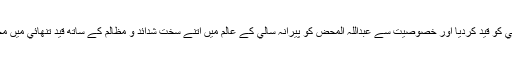
منصور نے تمام سادات حسني کو قيد کرديا اور خصوصيت سے عبداللہ المحض کو پيرانہ سالي کے عالم ميں اتنے سخت شدائد و مظالم کے ساتھ قيد تنھائي ميں محبوس کيا کہ الحفيظ والامان۔